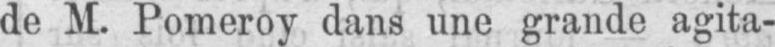
de M. Pomeroy dans une grande agita-